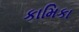
કામિકા